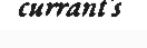
currant's